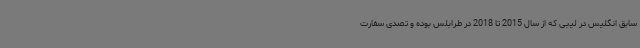
سابق انگلیس در لیبی که از سال 2015 تا 2018 در طرابلس بوده و تصدی سفارت